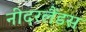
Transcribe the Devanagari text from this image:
नीदरलैंडस